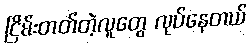
ငြိမ်းတတ်တဲ့လူတွေ လုပ်နေတယ်